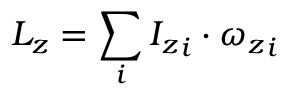
L _ { z } = \sum _ { i } { I _ { z } } _ { i } \cdot { \omega _ { z } } _ { i }